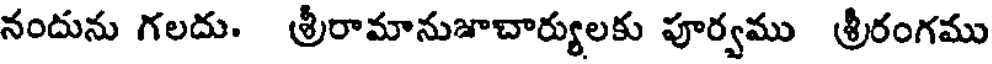
నందును గలదు. శ్రీరామానుజాచార్యులకు పూర్వము శ్రీరంగము